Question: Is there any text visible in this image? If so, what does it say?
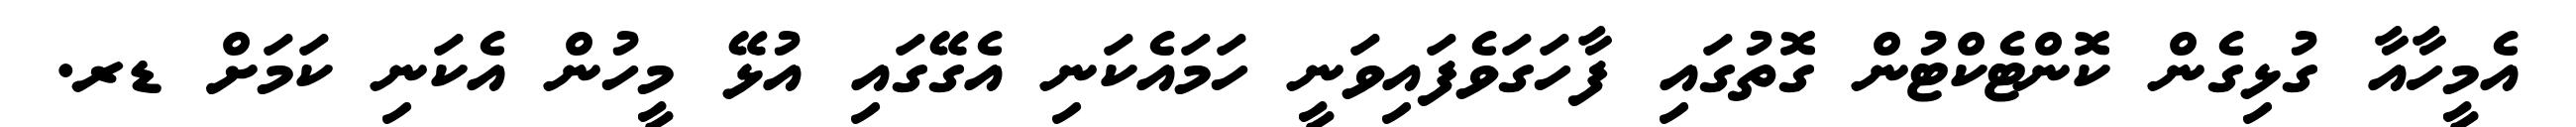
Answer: އެމީހާއާ ގުޅިގެން ކޮންޓެކްޓުން ގޮތުގައި ފާހަގަވެފައިވަނީ ހަމައެކަނި އެގޭގައި އުޅޭ މީހުން އެކަނި ކަމަށް ޑރ.